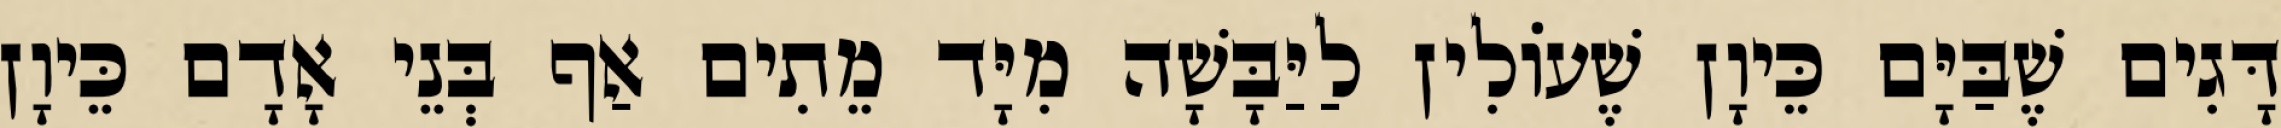
דָּגִים שֶׁבַּיָּם כֵּיוָן שֶׁעוֹלִין לַיַּבָּשָׁה מִיָּד מֵתִים אַף בְּנֵי אָדָם כֵּיוָן